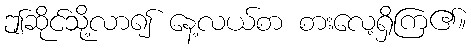
ဤဆိုင်သို့လာ၍ နေ့လယ်စာ စားလေ့ရှိကြ၏။